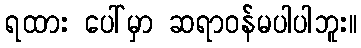
ရထား ပေါ်မှာ ဆရာဝန်မပါပါဘူး။